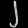
Digit: ၂